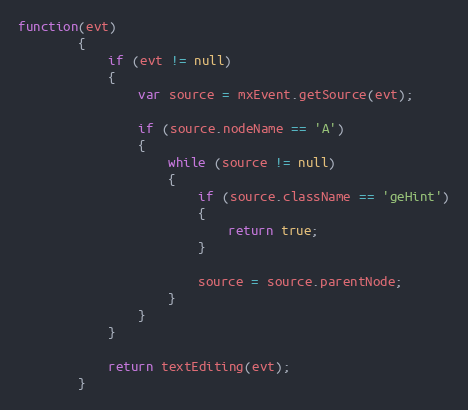
Language: JavaScript
function(evt)
		{
			if (evt != null)
			{
				var source = mxEvent.getSource(evt);

				if (source.nodeName == 'A')
				{
					while (source != null)
					{
						if (source.className == 'geHint')
						{
							return true;
						}

						source = source.parentNode;
					}
				}
			}

			return textEditing(evt);
		}